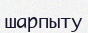
шарпыту